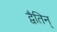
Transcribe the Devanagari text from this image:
द्वैतिन्